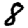
Digit: 8